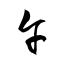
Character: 午